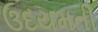
ઉદયમતી